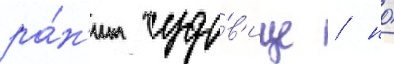
ра́н'ит чудо́в'ище / но́